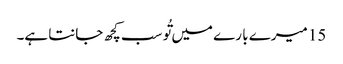
15 میرے با رے میں تُو سب کچھ جانتا ہے۔